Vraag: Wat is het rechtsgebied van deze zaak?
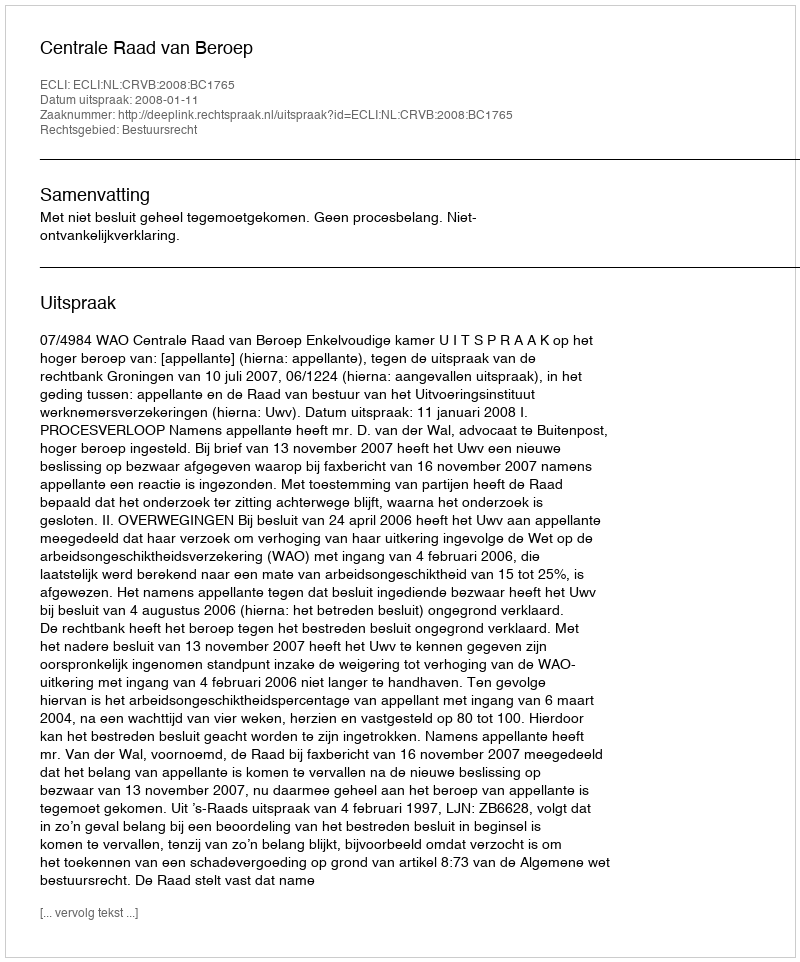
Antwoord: Bestuursrecht